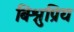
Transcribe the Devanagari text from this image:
बिश्नुप्रिय